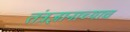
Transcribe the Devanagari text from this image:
तंत्रज्ञानाच्याच